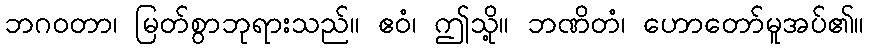
ဘဂဝတာ၊ မြတ်စွာဘုရားသည်။ ဧဝံ၊ ဤသို့။ ဘဏိတံ၊ ဟောတော်မူအပ်၏။